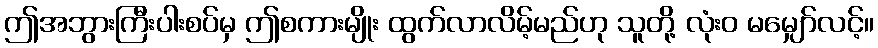
ဤအဘွားကြီးပါးစပ်မှ ဤစကားမျိုး ထွက်လာလိမ့်မည်ဟု သူတို့ လုံးဝ မမျှော်လင့်။